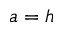
a = h